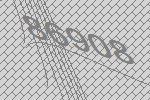
86908